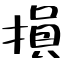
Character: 損